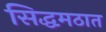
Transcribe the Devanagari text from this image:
सिद्धमठात